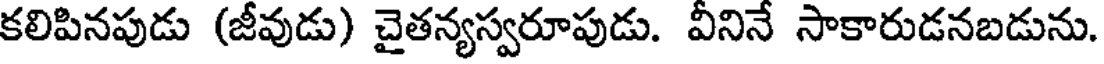
కలిపినపుడు (జీవుడు) చైతన్యస్వరూపుడు. వీనినే సాకారుడనబడును.